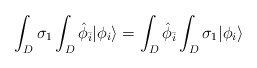
\begin{align*}\int_{D} \sigma_{1} \int_{D} {\hat \phi}_{\bar i} | \phi_i\rangle = \int_{D} {\hat \phi}_{\bar i} \int_{D} \sigma_{1}| \phi_i \rangle \\\end{align*}